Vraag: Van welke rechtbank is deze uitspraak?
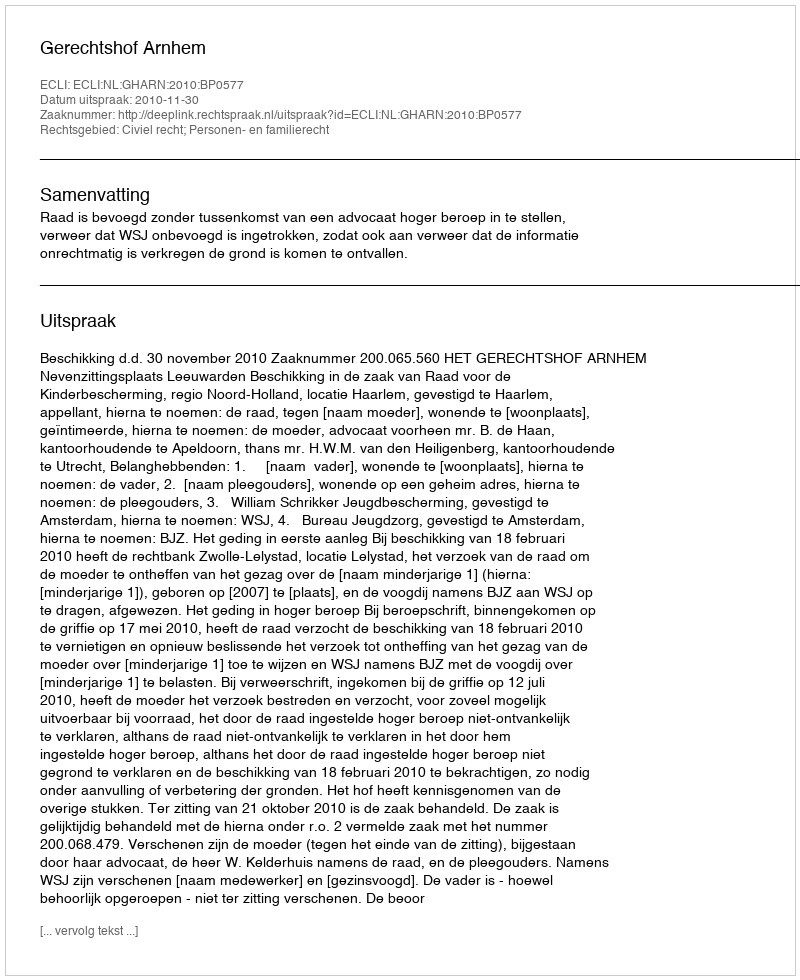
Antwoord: Gerechtshof Arnhem